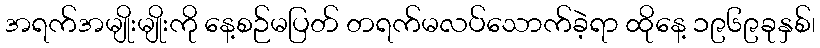
အရက်အမျိုးမျိုးကို နေ့စဉ်မပြတ် တရက်မလပ်သောက်ခဲ့ရာ ထိုနေ့ ၁၉၆၉ခုနှစ်၊